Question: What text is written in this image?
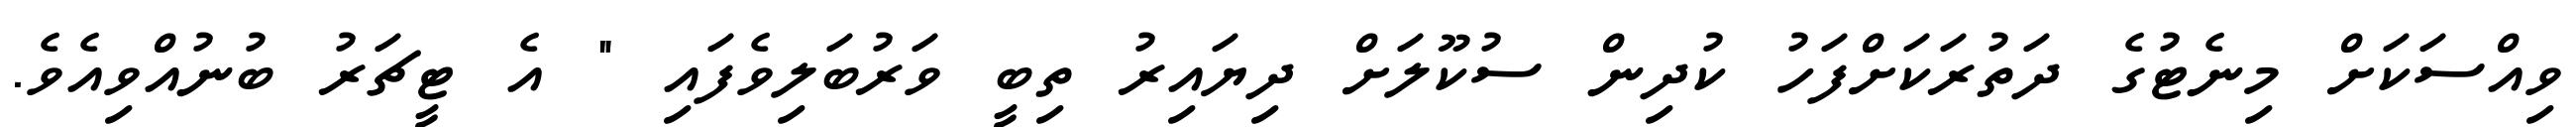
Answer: ވިއްސަކަށް މިނެޓުގެ ދަތުރަކަށްފަހު ކުދިން ސުކޫލަށް ދިޔައިރު ތިބީ ވަރުބަލިވެފައި " އެ ޓީޗަރު ބުނުއްވިއެވެ.